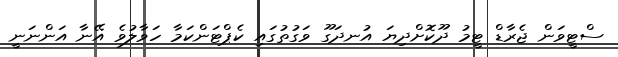
ސްޓީވަން ޖެރާޑް ޓީމު ދޫކޮށްދިޔަ އުނދަގޫ ވަގުތުގައި ކެޕްޓަންކަމާ ހަވާލުވެ އޭނާ އަންނަނީ